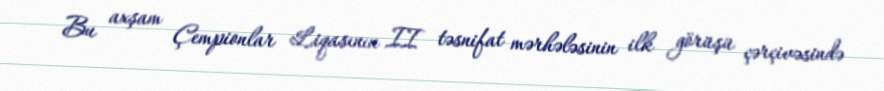
Bu axşam Çempionlar Liqasının II təsnifat mərhələsinin ilk görüşü çərçivəsində